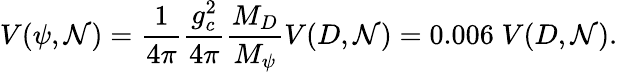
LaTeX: V(\psi,\mathcal{N})={\frac{{1}}{{4\pi}}}{\frac{{g_{c}^{2}}}{{4\pi}}}{\frac{{M_{D}}}{{M_{\psi}}}}V(D,\mathcal{N})=0.006\; V(D,\mathcal{N}).